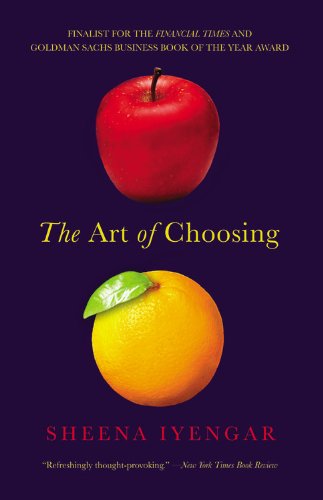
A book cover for The Art of Choosing; Sheena Iyengar; Business & Money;